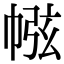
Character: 㡉